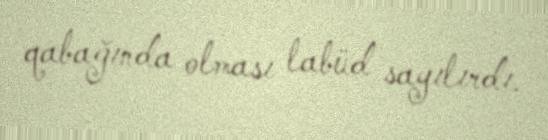
qabağında olması labüd sayılırdı.